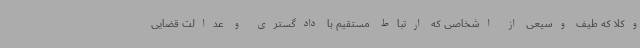
وکلا که طیف وسیعی از اشخاصی که ارتباط مستقیم با دادگستری و عدالت قضایی